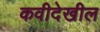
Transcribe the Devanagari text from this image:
कवीदेखील